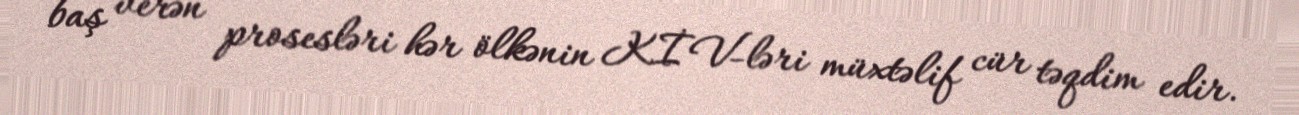
baş verən prosesləri hər ölkənin KİV-ləri müxtəlif cür təqdim edir.